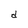
Character: d